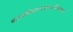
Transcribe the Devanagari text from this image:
बल्लवीवल्लभायाऽर्चितायात्मने